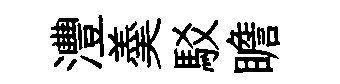
灃羮駁瞻